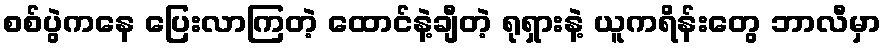
စစ်ပွဲကနေ ပြေးလာကြတဲ့ ထောင်နဲ့ချီတဲ့ ရုရှားနဲ့ ယူကရိန်းတွေ ဘာလီမှာ